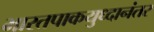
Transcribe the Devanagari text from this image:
भारतपाकयुध्दानंतर